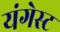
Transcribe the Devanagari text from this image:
यंगेस्ट